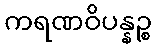
ကရဏဝိပန္နဉ္စ